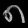
Digit: ၈